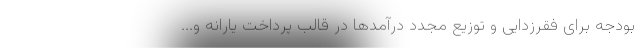
بودجه برای فقرزدایی و توزیع مجدد درآمدها در قالب پرداخت یارانه و...